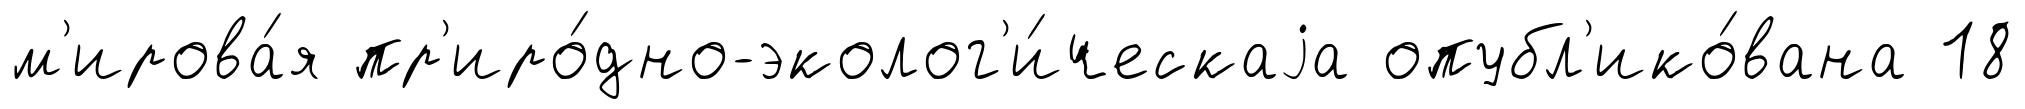
м'ирова́я пр'иро́дно-эколог'и́ческаjа опубл'ико́вана 18